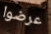
عرضوا